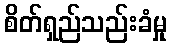
စိတ်ရှည်သည်းခံမှု